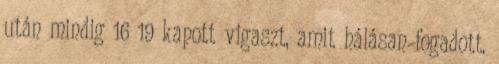
után mindig 16 19 kapott vigaszt, amit hálásan fogadott.